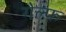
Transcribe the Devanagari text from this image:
गेल्फ